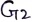
Text: G2